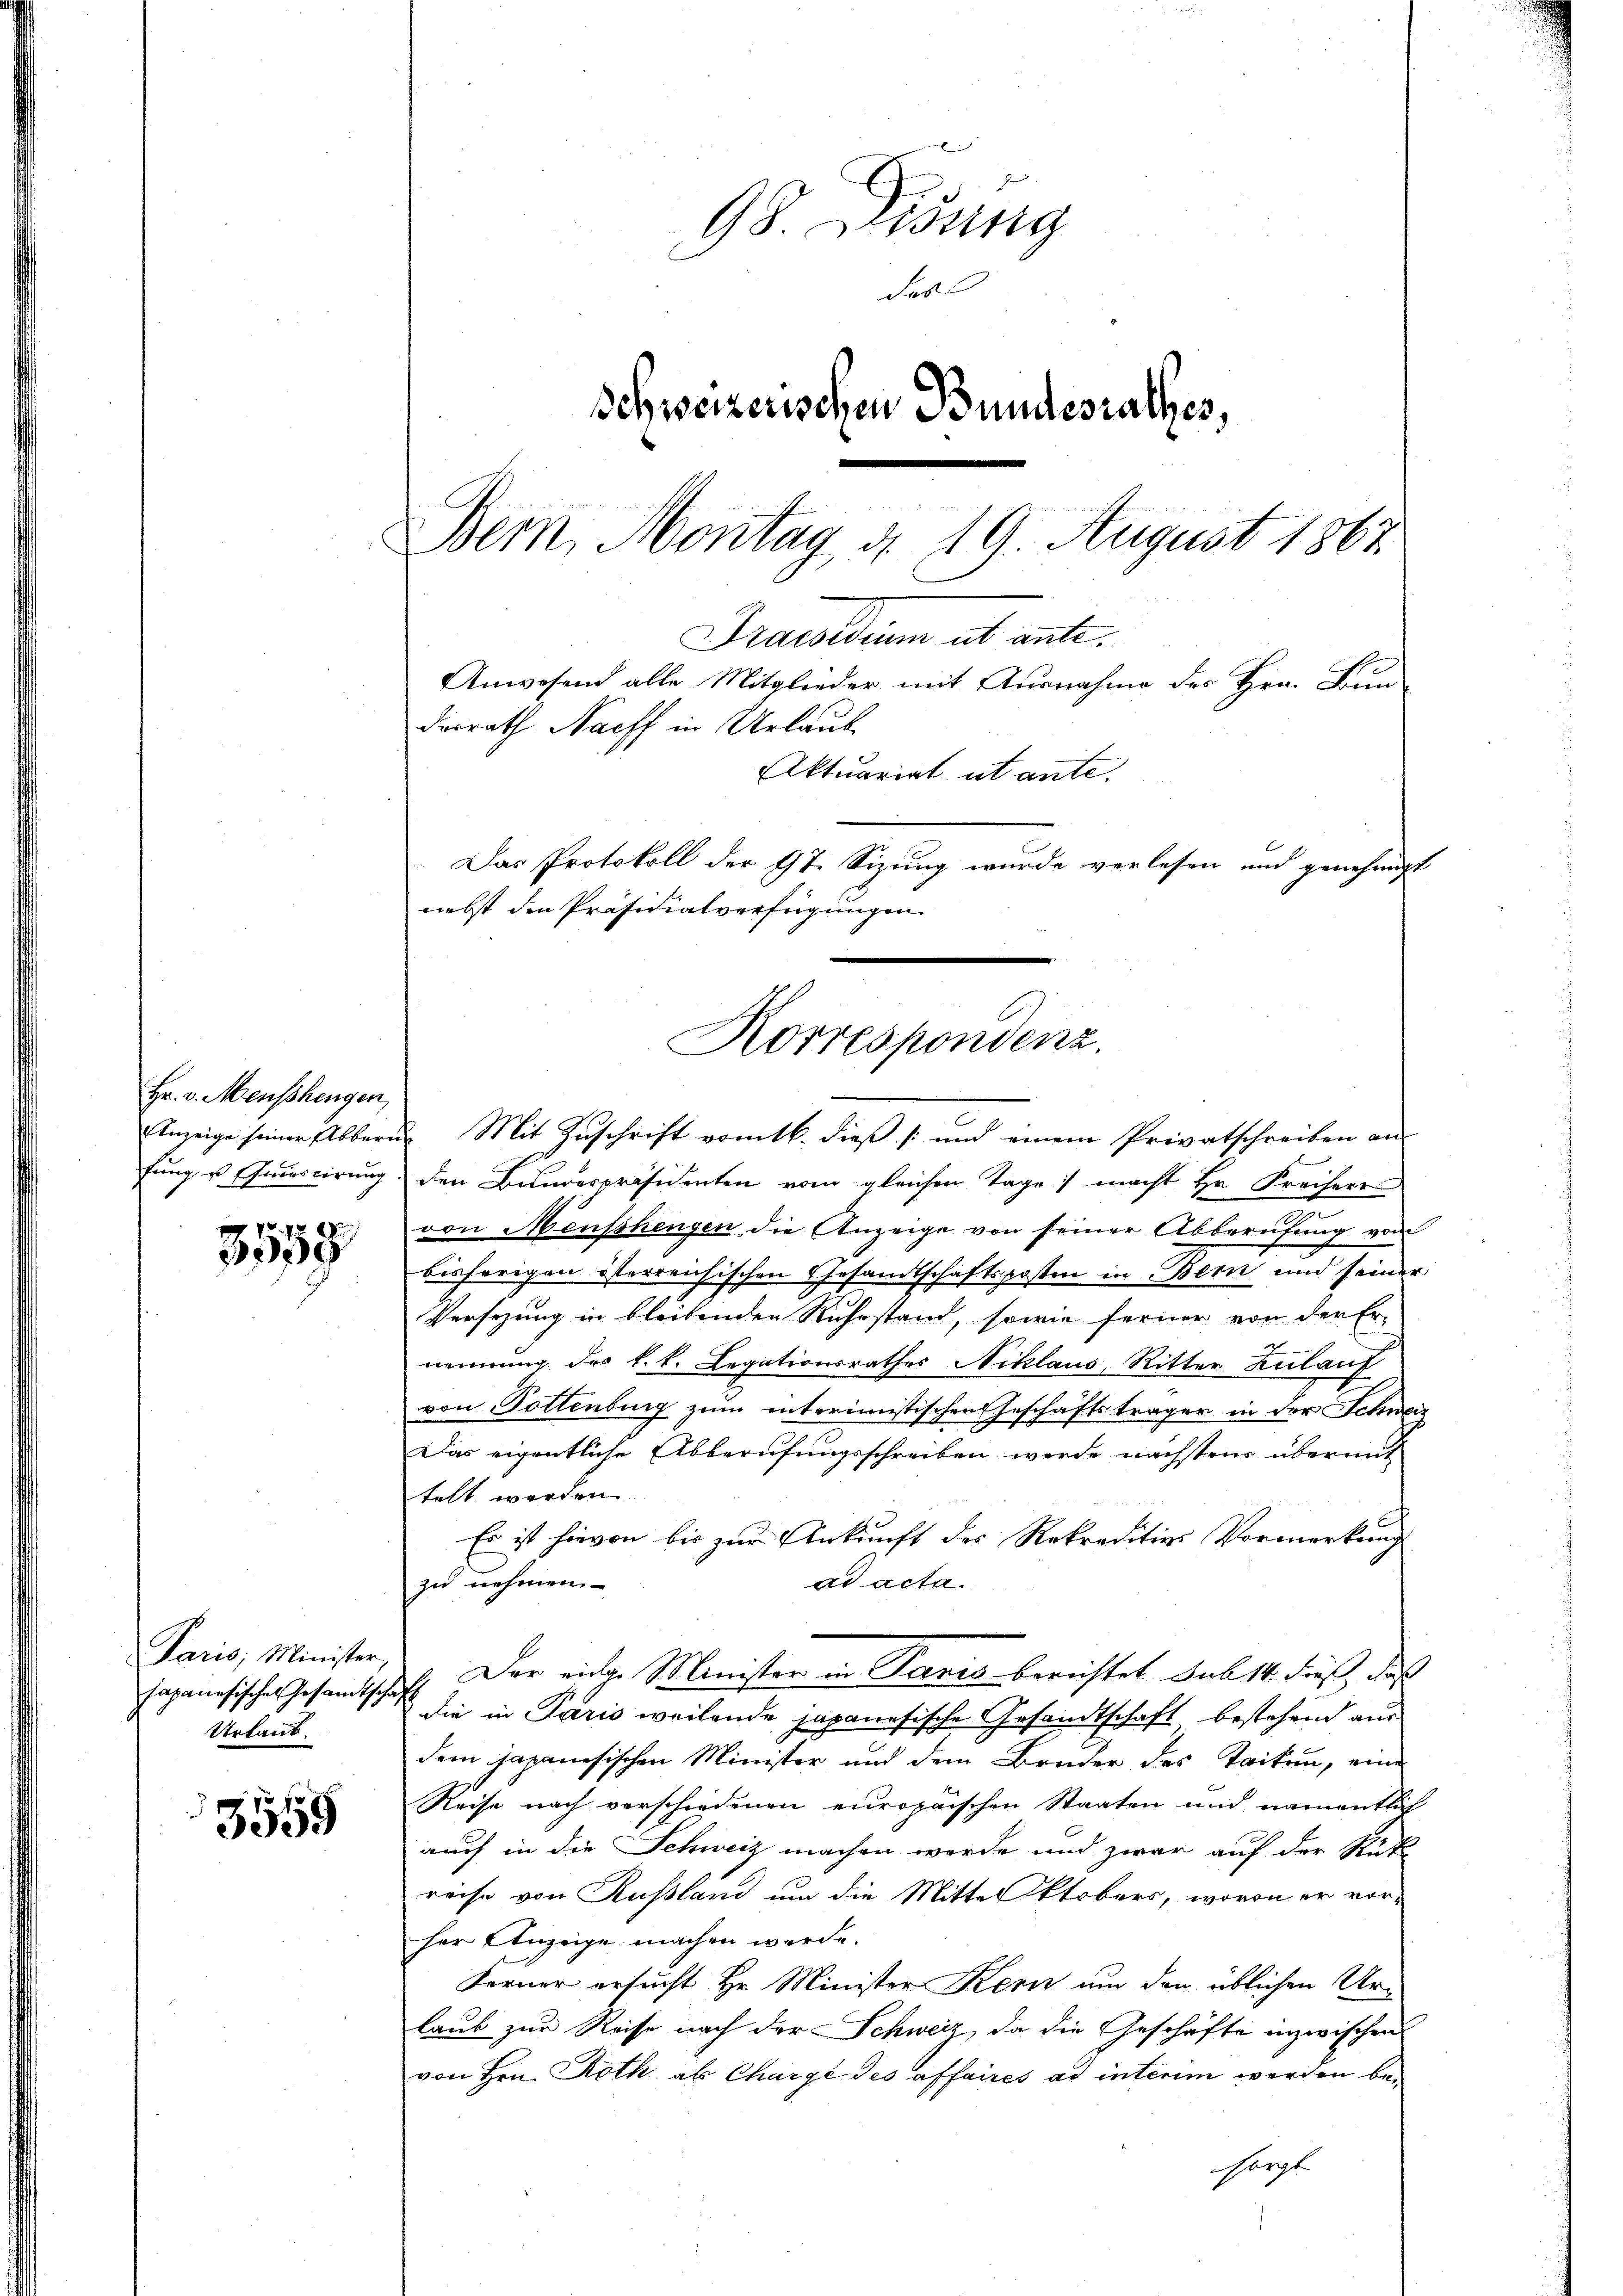
Hr. v. Menschengen,

78
9

Paris; Minister,
Urlaub.

3559

Korrespondenz.

98 Disung
das
Schweizerischen Bundesrathes,
Bern, Montag, d. 19. August 1867
Praesidium ab ante.
Anwesend alle Mitglieder mit Ausnahme des Hrn. Bun-
desrath Nacht in Urlaub
Aktuariat ut ante.
 Das Protokoll der 97 Sizung wurde verlesen und genehmigt
nebst die Präsidialverfügungen.

Anzeige seiner Abbern Mit Zuschrift vom 16. dieß (: und einem Privatschreiben an
fung u Quiscirung den Bundespräsidenten vom gleichen Tage ; macht Hr. Freiherr
von Menschengen die Anzeige von seiner Abberufung von
bisherigen österreichischen Gesandtschaftsposten in Bern und seiner
Versezung in bleibenden Ruhestand, sowie ferner von der Er-
nennung des k. k. Legationsrathes Niklaus, Ritter Zulauf
von Pottenburg zum interimistischen Geschäftsträger in der Schweiz
Das eigentliche Abberufungsschreiben werde nächstens übermit
telt werden.
Es ist hievon bis zur Ankunft des Rekreditions Vormerkung
zu nehmen.
ad acta.
Japanesisches Gesamtschaft. Der einge Minister in Paris berichtet sub 14. dieß, daß
die in Paris weilende japanesische Gesandtschaft bestehend aus
dem japanesischen Minister und dem Bruder des Tacken, eine
Reise nach verschiedenen europaischen Staaten und namentlich
auch in die Schweiz machen werde und zwar auf der Rük
reise von Rußland um die Mittel ktobers, wovon er vor-
her Anzeige machen werde.
Ferner ersucht Hr. Minister Kern um den üblichen Urlaub zur Reise nach der Schweiz, da die Geschäfte inzwischen
von Hrn. Roth, als Chargé des affaires ad interm werden besorgt